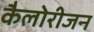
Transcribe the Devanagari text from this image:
कैलोरीजन